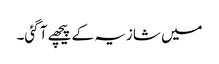
میں شازیہ کے پیچھے آ گئی۔